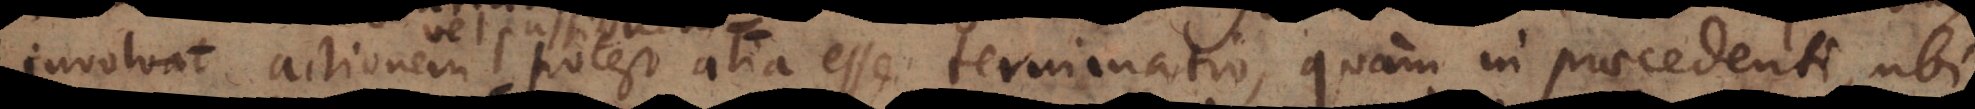
involvat actionem potest alia esse terminatio, quam in praecedenti, ubi